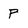
Character: P